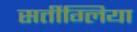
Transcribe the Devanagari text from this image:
सर्तीग्लिया